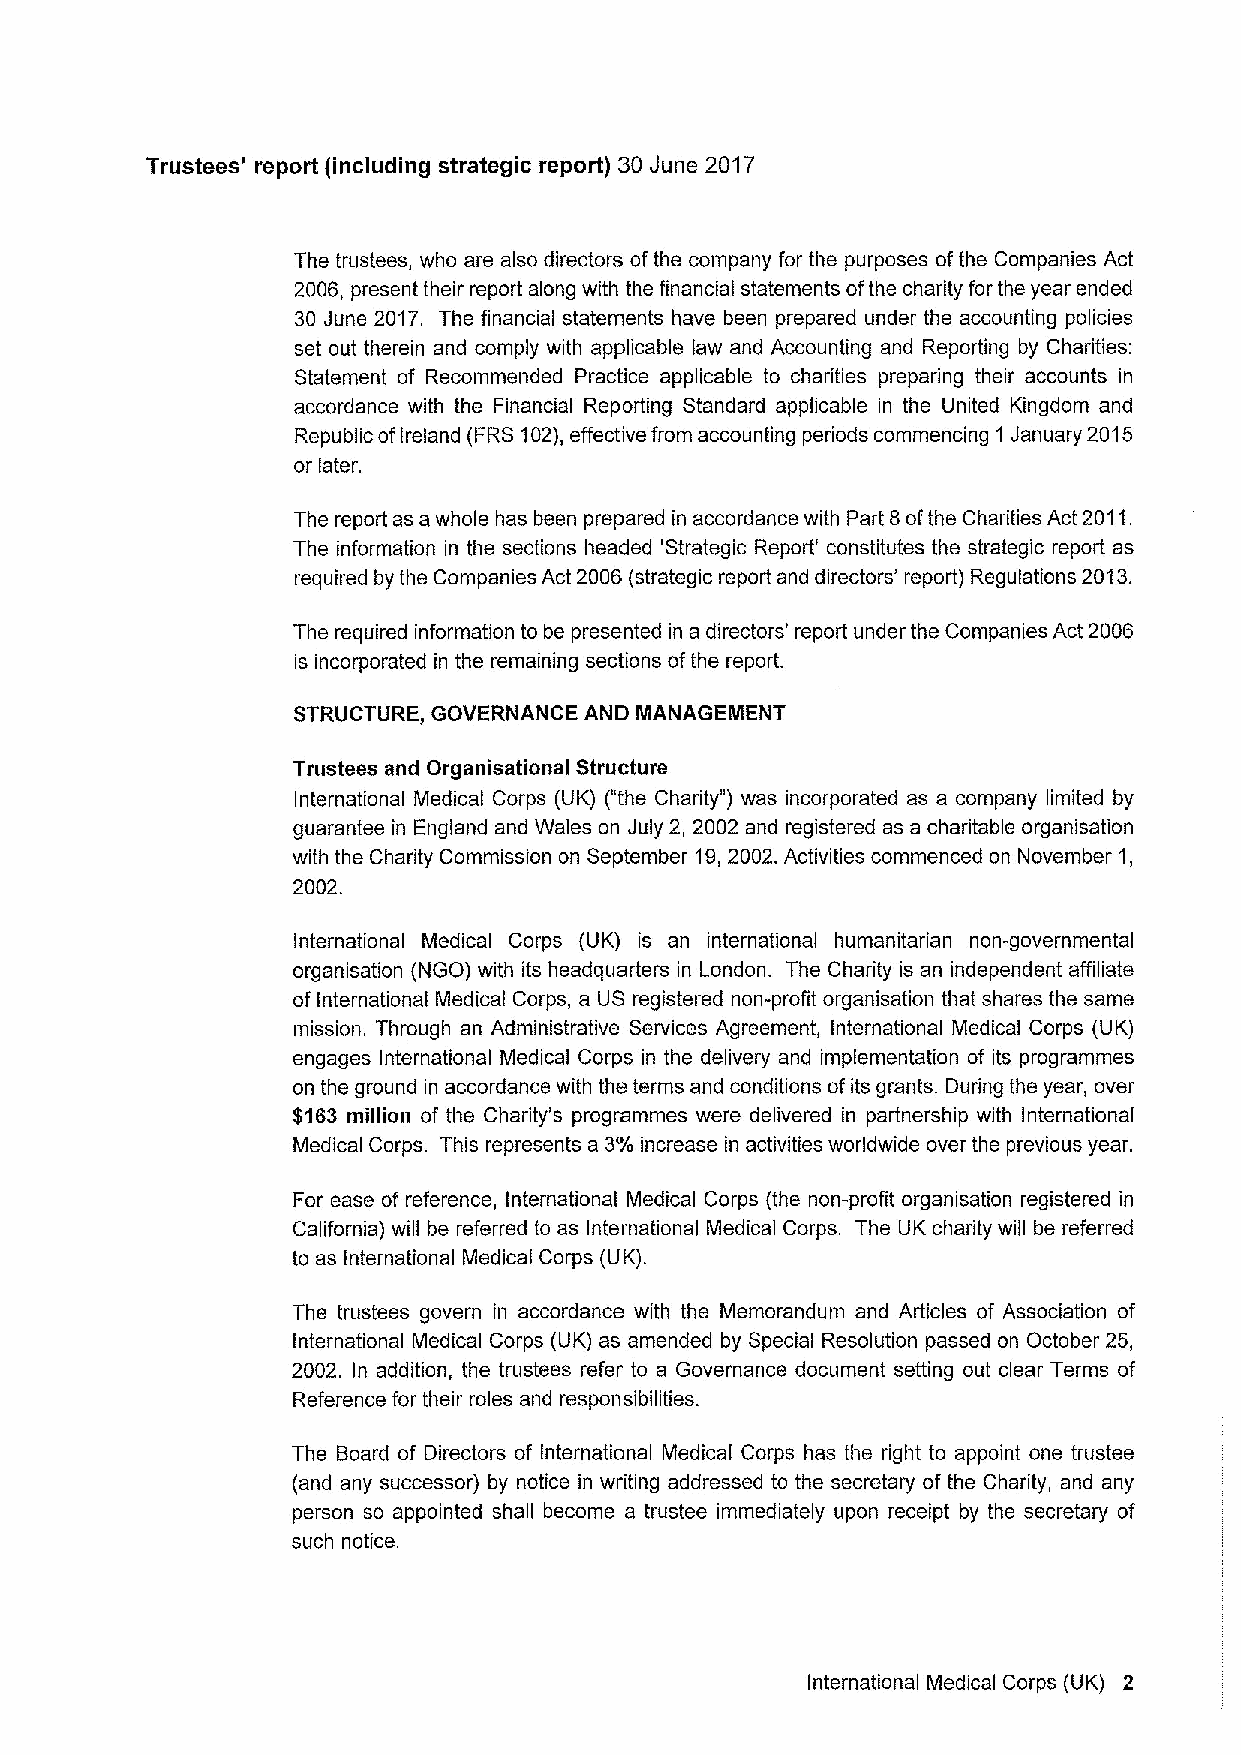
Trustees' report (including strategic report) 30 June 2017
 The trustees, who are also directors ofthe company for the purposes ofthe Companies Act
 2006, present their report along with the financial statements ofthe charity for the year ended
 30 June 2017. The financial statements have been prepared under the accounting policies
 set out therein and comply with applicable law and Accounting and Reporting by Charities:
 Statement of Recommended Practice applicable to charities preparing their accounts in
 accordance with the Financial Reporting Standard applicable in the United Kingdom and
 Republic ofireland (FRS102),effective from accounting periods commencing 1 January 2015
 or later.
 The report as a whole has been prepared in accordance with Part 8ofthe Charities Act 2011.
 The information in the sections headed 'Strategic Report' constitutes the strategic report as
 required by the Companies Act 2006 (strategic report and directors' report) Regulations 2013.
 The required information to be presented in a directors' report under the Companies Act 2006
 is incorporated in the remaining sections ofthe report.
 STRUCTURE, GOVERNANCE AND MANAGEIIIIENT
 Trustees and Organisational Structure
 International Medical Corps (UK) ("the Charity" ) was incorporated as a company limited by
 guarantee in England and Wales on July 2, 2002 and registered as a charitable organisation
 with the Charity Commission on September 19,2002.Activities commenced on November 1,
 2002.
 International Medical Corps (UK) is an international humanitarian non-governmental
 organisation (NGO) with its headquarters in London. The Charity is an independent affiliate
 of international Medical Corps, a US registered non-profit organisation that shares the same
 mission. Through an Administrative Services Agreement, International Medical Corps (UK)
 engages International Medical Corps in the delivery and implementation of its programmes
 on the ground in accordance with the terms and conditions ofits grants. During the year, over
 $163 million of the Charity's programmes were delivered in partnership with International
 Medical Corps. This represents a 3%increase in activities worldwide over the previous year.
 For ease of reference, International Medical Corps (the non-profit organisation registered in
 California) will be referred to as International Medical Corps. The UK charity will be referred
 to as International Medical Corps (UK).
 The trustees govern in accordance with the Memorandum and Articles of Association of
 International Medical Corps (UK) as amended by Special Resolution passed on October 25,
 2002. In addition, the trustees refer to a Governance document setting out clear Terms of
 Reference for their roles and responsibilities.
 The Board of Directors of International Medical Corps has the right to appoint one trustee
 (and any successor) by notice in writing addressed to the secretary of the Charity, and any
 person so appointed shall become a trustee immediately upon receipt by the secretary of
 such notice.
 International Medical Corps (UK) 2